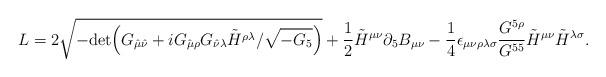
LaTeX: \begin{align*}L = 2 \sqrt{- {\rm det} \Big(G_{\hat\mu \hat\nu} + i G_{\hat\mu\rho} G_{\hat\nu\lambda} \tilde{H}^{\rho\lambda} / \sqrt{-G_5}\Big)}+ {1\over 2} \tilde{H}^{\mu\nu} \partial_5 B_{\mu\nu}- {1\over 4} \epsilon_{\mu\nu\rho\lambda\sigma} {G^{5\rho}\over G^{55}}\tilde{H}^{\mu\nu} \tilde{H}^{\lambda\sigma} .\end{align*}